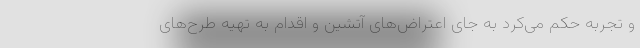
و تجربه حکم می‌کرد به جای اعتراض‌های آتشین و اقدام به تهیه طرح‌های